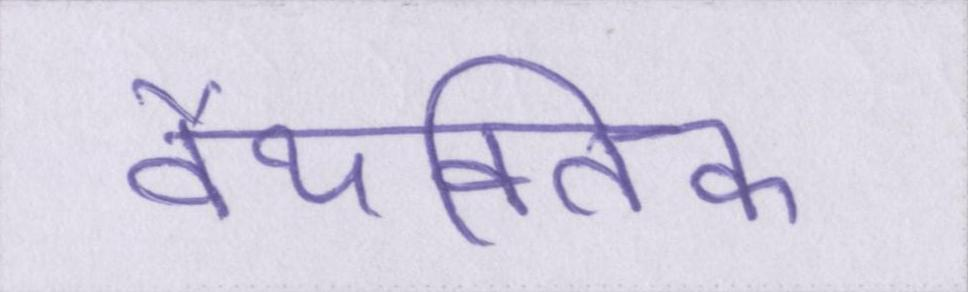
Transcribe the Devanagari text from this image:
वैयक्तिक